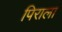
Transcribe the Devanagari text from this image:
पिराला